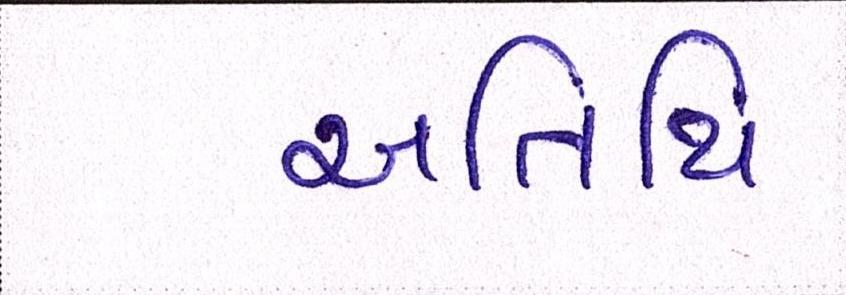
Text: અતિથિ